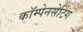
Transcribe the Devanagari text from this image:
कॉम्पेनसेटिंग